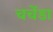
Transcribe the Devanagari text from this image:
चचेंडा